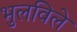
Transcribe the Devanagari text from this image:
भुलविले